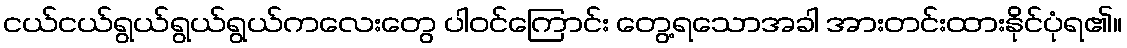
ငယ်ငယ်ရွယ်ရွယ်ရွယ်ကလေးတွေ ပါဝင်ကြောင်း တွေ့ရသောအခါ အားတင်းထားနိုင်ပုံရ၏။